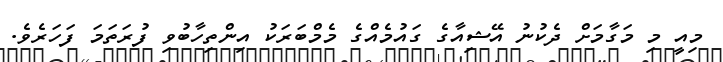
މިއީ މި މަގާމަށް ދެކުނު އޭޝިއާގެ ގައުމެއްގެ މެމްބަރަކު އިންތިހާބުވި ފުރަތަމަ ފަހަރެވެ.